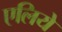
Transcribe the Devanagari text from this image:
एलिये